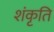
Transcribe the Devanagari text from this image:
शंकृति